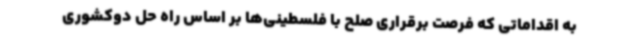
به اقداماتی که فرصت برقراری صلح با فلسطینی‌ها بر اساس راه حل دوکشوری